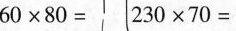
$$6 0 \times 8 0 =$$ $$2 3 0 \times 7 0 =$$